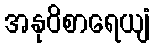
အနုဝိစာရေယျံ